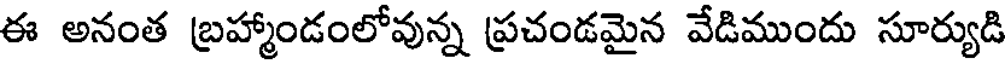
ఈ అనంత బ్రహ్మాండంలోవున్న ప్రచండమైన వేడిముందు సూర్యుడి